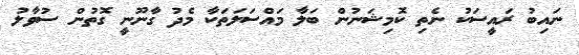
ނައިބު ރައީސަކު ނެތި ކޮމިޝަނުން ބަލާ މައްސަލަތަކާ މެދު ގާނޫނީ ގޮތުން ސުވާލު